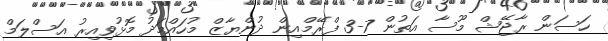
ހަސަން ރާޖޭޝް މޫސާ އަތުން 7-3 ފްރޭމްއިން ދުންޔާޒް މުހައްމަދު މޮޅުވިއިރު އަސްލަމް